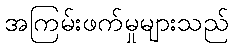
အကြမ်းဖက်မှုများသည်